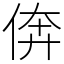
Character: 倴